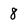
Character: 8